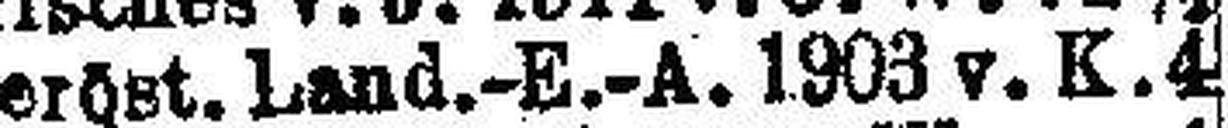
Niederöst. Land.-E.-A. 1903 v. K. 4